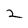
Character: 2